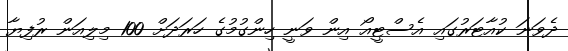
ދެވަނަ ކުއާޓަރުގައި އެސްޓީއޯ އިން ވަނީ ހިންގުމުގެ ހަރަދަށް 100 މިލިއަން ރުފިޔާ